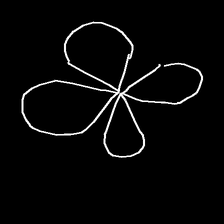
Glyph: billowing